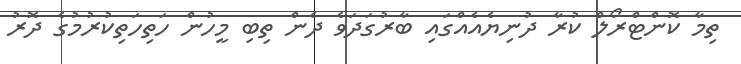
ތިމާ ކޮންޓްރޯލް ކުރާ ދުނިޔެއެއްގައި ބާރުގަދަވެ ދެން ތިބި މީހުން ހަތިހަތިކުރުމުގެ ދޮރު